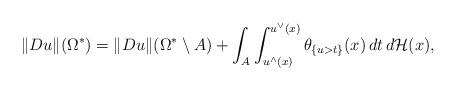
LaTeX: \begin{align*}\Vert Du\Vert(\Omega^*)=\Vert Du\Vert(\Omega^*\setminus A)+\int_A\int_{u^{\wedge}(x)}^{u^{\vee}(x)}\theta_{\{u>t\}}(x)\,dt\,d\mathcal H(x),\end{align*}